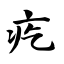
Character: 疙